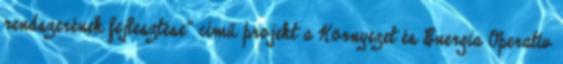
rendszerének fejlesztése” című projekt a Környezet és Energia Operatív